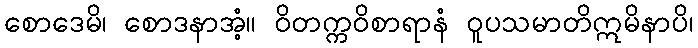
စောဒေမိ၊ စောဒနာအံ့။ ဝိတက္ကဝိစာရာနံ ဝူပသမာတိဣမိနာပိ၊